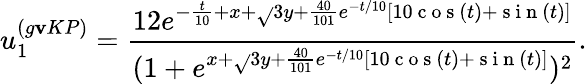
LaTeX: u_{1}^{(g\mathbf{v}KP)}=\frac{{12e^{-\frac{{t}}{{10}}+x+\sqrt{}{{3}}y+\frac{{40}}{{101}}e^{-t/10}[10\mathrm{{~c~o~s~}}(t)+\mathrm{{~s~i~n~}}(t)]}}}{{(1+e^{x+\sqrt{}{{3}}y+\frac{{40}}{{101}}e^{-t/10}[10\mathrm{{~c~o~s~}}(t)+\mathrm{{~s~i~n~}}(t)]})^{2}}}.